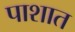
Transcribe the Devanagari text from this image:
पाशात